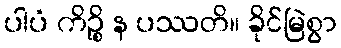
ပါပံ ကိဉ္စိ န ပဿတိ။ ခိုင်မြဲစွာ